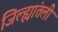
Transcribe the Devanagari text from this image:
जिल्ह्यांतली